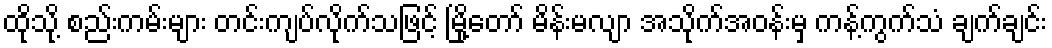
ထိုသို့ စည်းကမ်းများ တင်းကျပ်လိုက်သဖြင့် မြို့တော် မိန်းမလျာ အသိုက်အဝန်းမှ ကန့်ကွက်သံ ချက်ချင်း